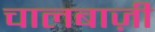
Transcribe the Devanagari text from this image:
चालबाज़ी